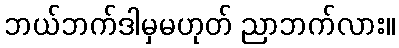
ဘယ်ဘက်ဒါမှမဟုတ် ညာဘက်လား။